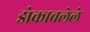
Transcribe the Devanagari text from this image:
डोकावलेले